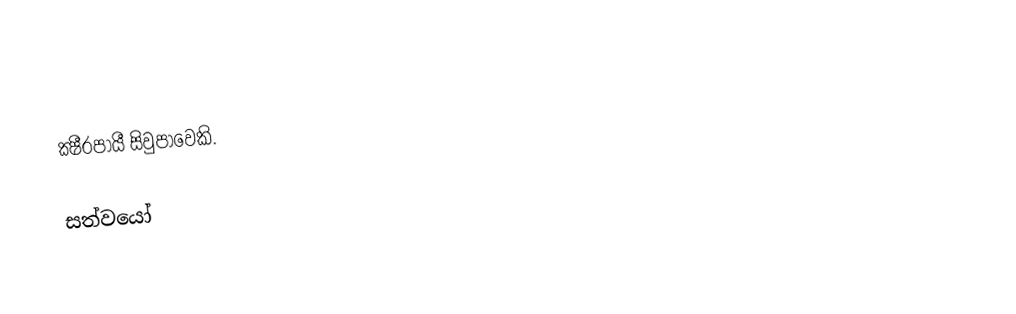
ක්‍ෂීරපායී සිවුපාවෙකි.

සත්වයෝ